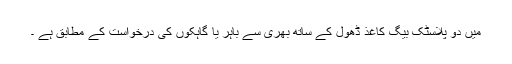
میں دو پلاسٹک بیگ کاغذ ڈھول کے ساتھ بھری سے باہر یا گاہکوں کی درخواست کے مطابق ہے ۔